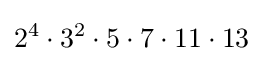
2^{4}\cdot 3^{2}\cdot 5\cdot 7\cdot 11\cdot 13